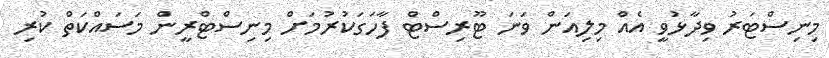
މިނިސްޓަރު ވިދާޅުވީ އެއް މިލިއަން ވަނަ ޓޫރިސްޓް ފާހަގަކުރުމަށް މިނިސްޓްރީން މަސައްކަތް ކުރި